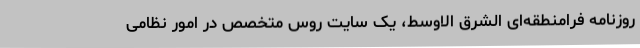
روزنامه فرامنطقه‌ای الشرق الاوسط، یک سایت روس متخصص در امور نظامی